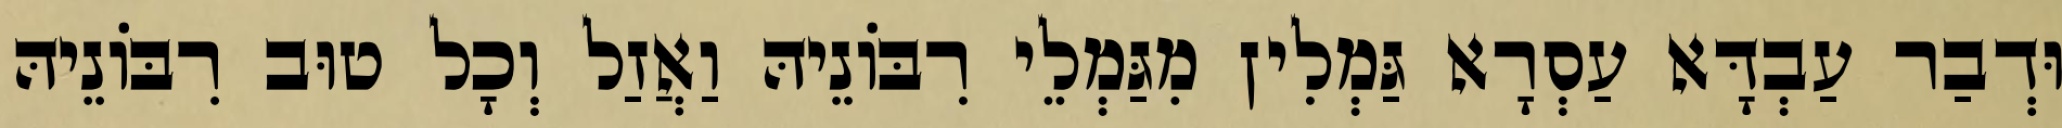
וּדְבַר עַבְדָּא עַסְרָא גַּמְלִין מִגַּמְלֵי רִבּוֹנֵיהּ וַאֲזַל וְכָל טוּב רִבּוֹנֵיהּ